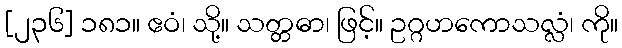
[၂၃၆] ၁၈၁။ ဧဝံ၊ သို့။ သတ္တဓာ၊ ဖြင့်။ ဥဂ္ဂဟကောသလ္လံ၊ ကို။